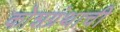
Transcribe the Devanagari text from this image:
कोशग्रंथाची